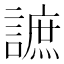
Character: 謶